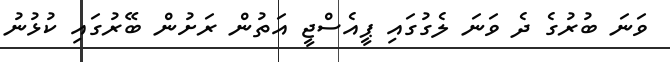
ވަނަ ބުރުގެ ދެ ވަނަ ލެގުގައި ޕީއެސްޖީ އަތުން ރަށުން ބޭރުގައި ކުޅުނު